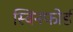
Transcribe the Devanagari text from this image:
स्विनफोर्ड